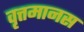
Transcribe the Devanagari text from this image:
वृत्तमानस